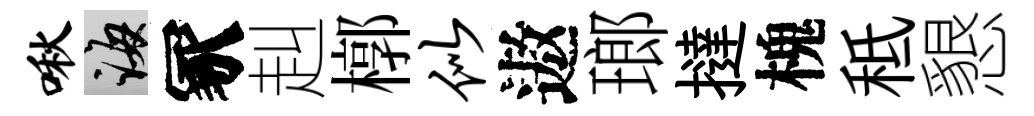
啾誨冢赳槨似遨瑯撻槐秪懇